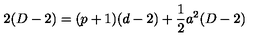
2 ( D - 2 ) = ( p + 1 ) ( d - 2 ) + \frac { 1 } { 2 } a ^ { 2 } ( D - 2 )